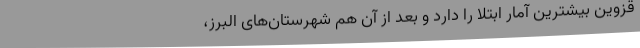
قزوین بیشترین آمار ابتلا را دارد و بعد از آن هم شهرستان‌های البرز،